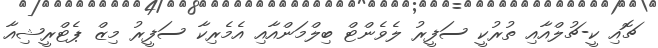
ޗޮއި ކީ-ޗުލްއާއި ތުރުކީ ސަފީރު ލެވެންޓް ބިލްމަންއާއި އެމެރިކާ ސަފީރު މިޒް ޕެޓްރީޝިއާ